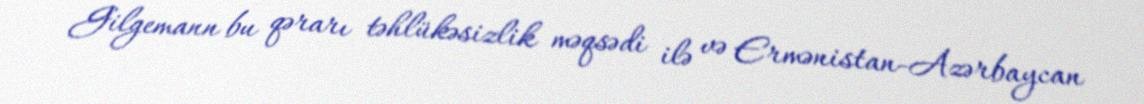
Gilgemann bu qərarı təhlükəsizlik məqsədi ilə və Ermənistan-Azərbaycan